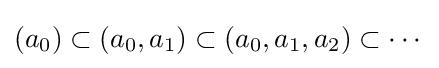
(a_{0})\subset (a_{0},a_{1})\subset (a_{0},a_{1},a_{2})\subset \cdots